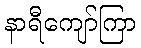
နာရီကျော်ကြာ